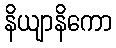
နိယျာနိကော